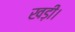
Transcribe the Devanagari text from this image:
खड़ी।